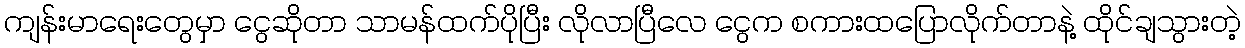
ကျန်းမာရေးတွေမှာ ငွေဆိုတာ သာမန်ထက်ပိုပြီး လိုလာပြီလေ ငွေက စကားထပြောလိုက်တာနဲ့ ထိုင်ချသွားတဲ့